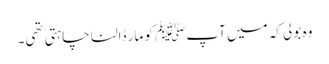
وہ بولی کہ میں آپﷺ کو مار ڈالنا چاہتی تھی۔